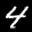
Label: 4